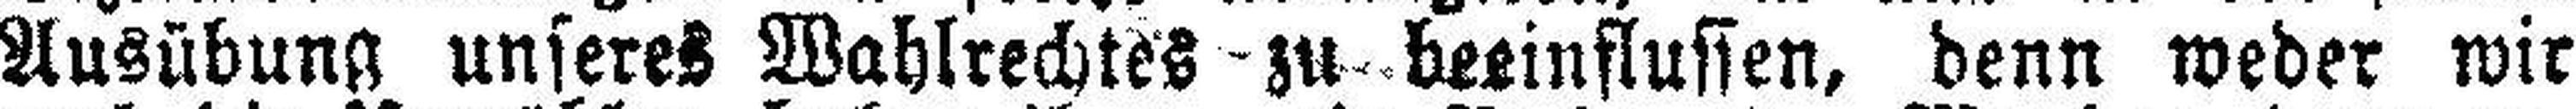
Ausübung unseres Wahlrechtes zu beeinflussen, denn weder wir